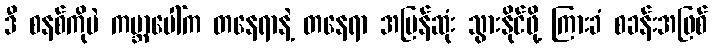
ဒီ စနစ်ကိုပဲ ကမ္ဘာပေါ်က တနေရာနဲ့ တနေရာ အမြန်ဆုံး သွားနိုင်ဖို့ ကြားခံ စခန်းအဖြစ်